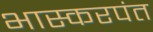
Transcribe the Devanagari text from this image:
भास्करपंत